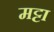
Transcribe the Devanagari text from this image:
मट्टा